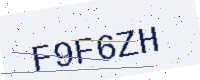
Text: F9F6ZH